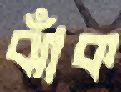
ঝাঁক